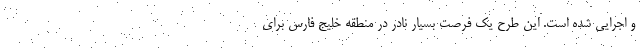
و اجرایی شده است. این طرح یک فرصت بسیار نادر در منطقه خلیج فارس برای